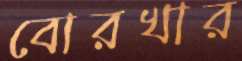
বোরখার